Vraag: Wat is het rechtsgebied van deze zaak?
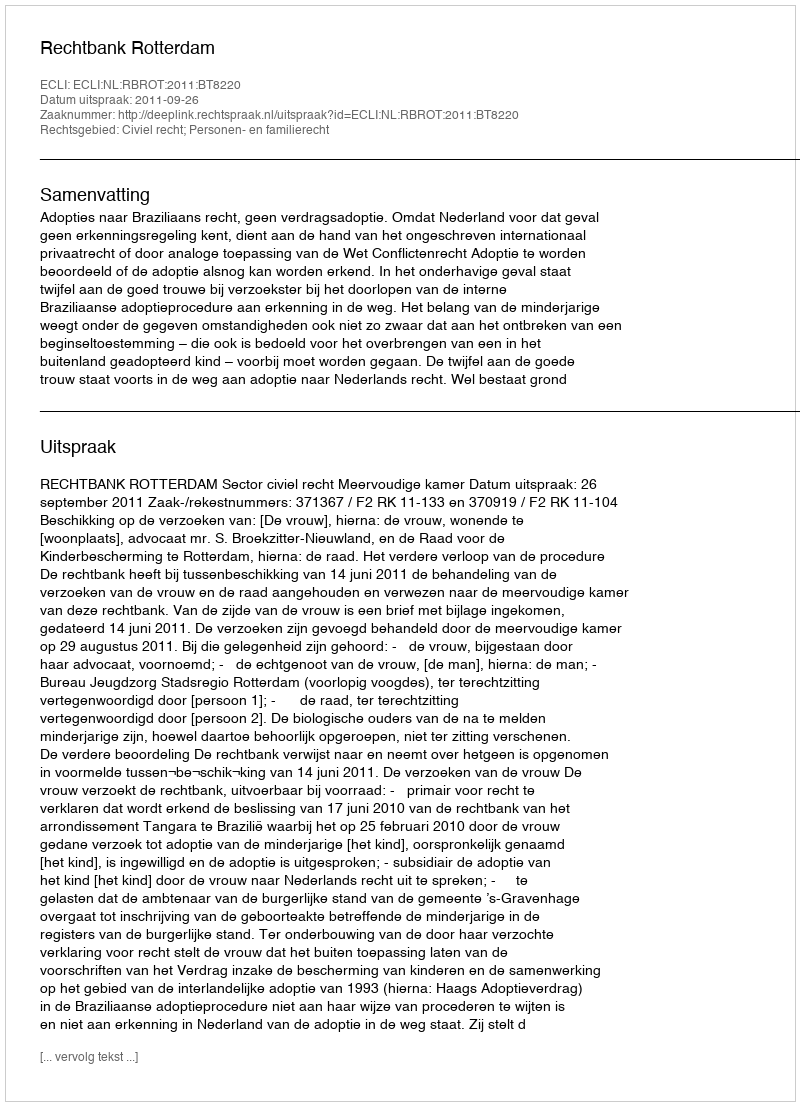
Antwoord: Civiel recht; Personen- en familierecht